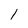
Character: 1